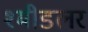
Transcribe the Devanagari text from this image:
श्मीडलर